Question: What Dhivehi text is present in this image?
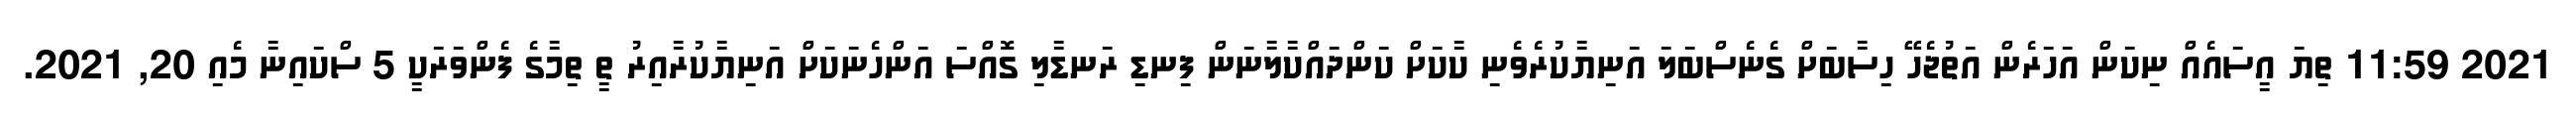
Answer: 2021 11:59 ތިޔަ އީސައެއް ނިކަން އަހަރެން އަތުޖެހޭ ހިސާބަށް ގެނެސްބަލަ އަނިޔާކުރެވެނި ކާކަށް ކަންދައްކާލާނަން ފިނޑި ރަނޑާލި ގޮއްސަ އަންހެނަކަށް އަނިޔާކުރާއިރު ތީ ތިމާގެ ފެންވަރަކީ 5 ސްކައިނާ މެއި 20, 2021.